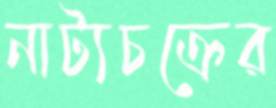
নাট্যচক্রের